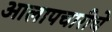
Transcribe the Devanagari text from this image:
आलापचारीचे